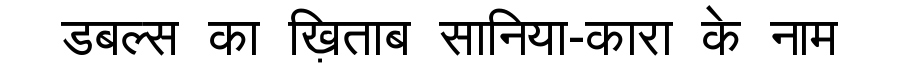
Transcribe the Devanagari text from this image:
डबल्स का ख़िताब सानिया-कारा के नाम